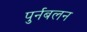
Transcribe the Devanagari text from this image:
पुर्नबलन